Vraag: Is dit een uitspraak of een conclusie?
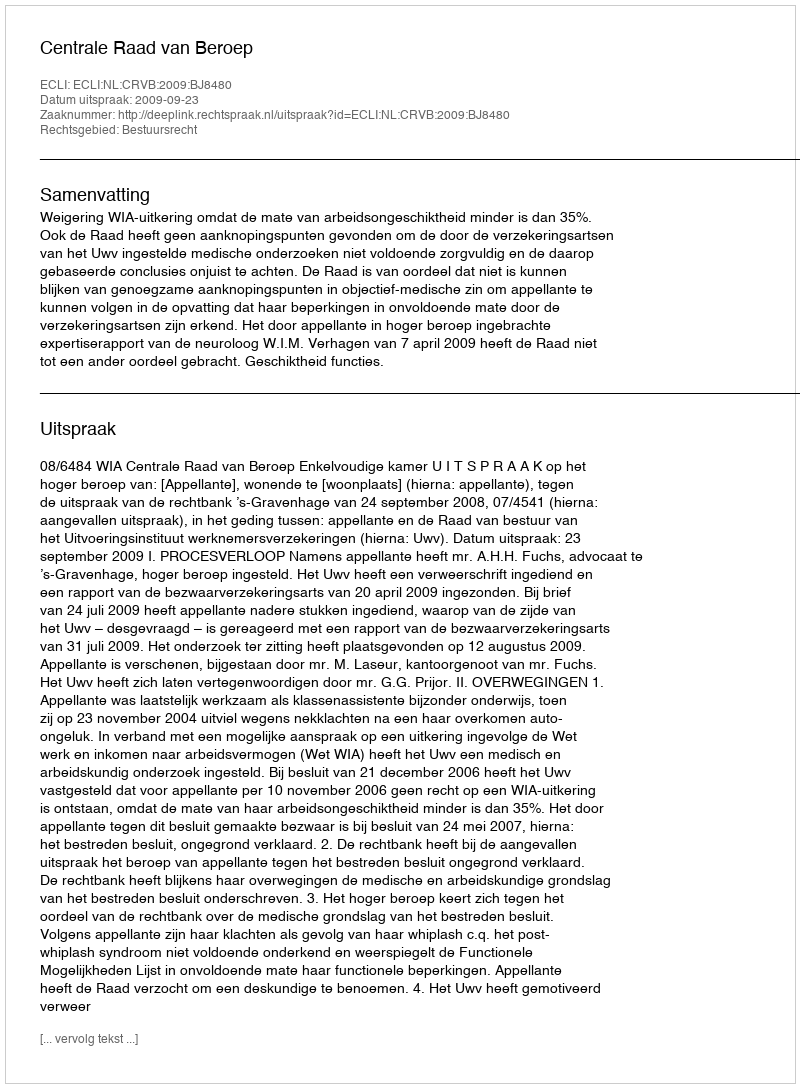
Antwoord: Uitspraak